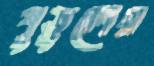
পুতুলের